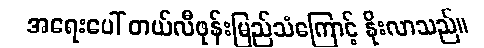
အရေးပေါ် တယ်လီဖုန်းမြည်သံကြောင့် နိုးလာသည်။